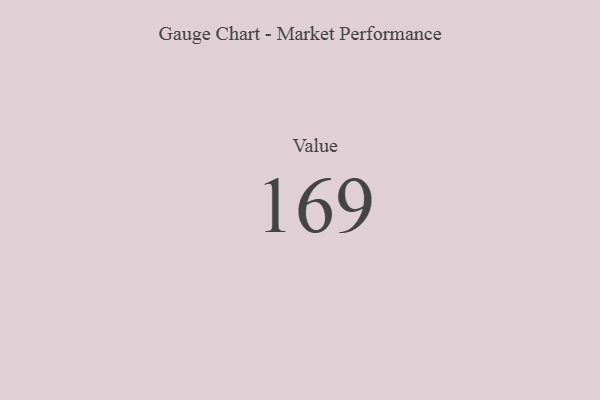
{"axis": {"x": "Metric", "y": "Value"}, "legend": [""], "data": [{"x": "Value", "y": 169, "type": ""}]}